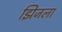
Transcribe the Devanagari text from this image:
झिजला